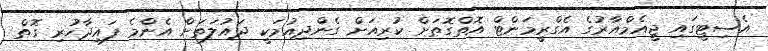
އެސިޓީގައި ޖީއެމްއާރުގެ އެގްރީމަންޓް އޮތްގޮތަށް ކުރިއަށް ގެންދިއުމަކީ ދައުލަތަށް އެންމެ ފައިދާހުރި ގޮތް